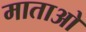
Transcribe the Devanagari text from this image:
माताओ